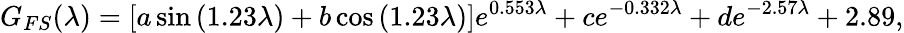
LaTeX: G_{FS}(\lambda)=[a\sin{(1.23\lambda)}+b\cos{(1.23\lambda)}]e^{0.553\lambda}+ce^{-0.332\lambda}+de^{-2.57\lambda}+2.89,